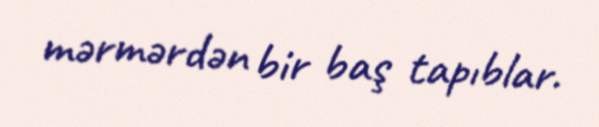
mərmərdən bir baş tapıblar.